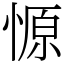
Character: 㥳